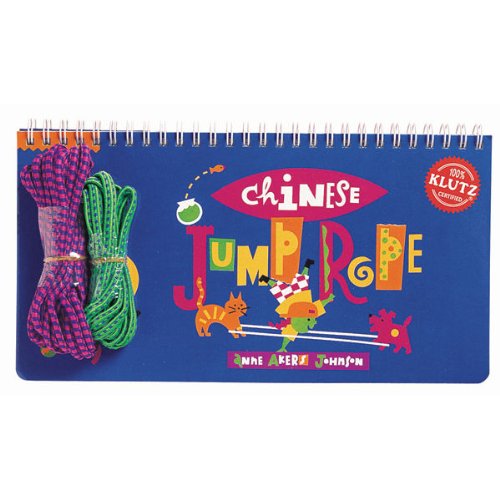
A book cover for Chinese Jump Rope (Klutz); Children's Books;